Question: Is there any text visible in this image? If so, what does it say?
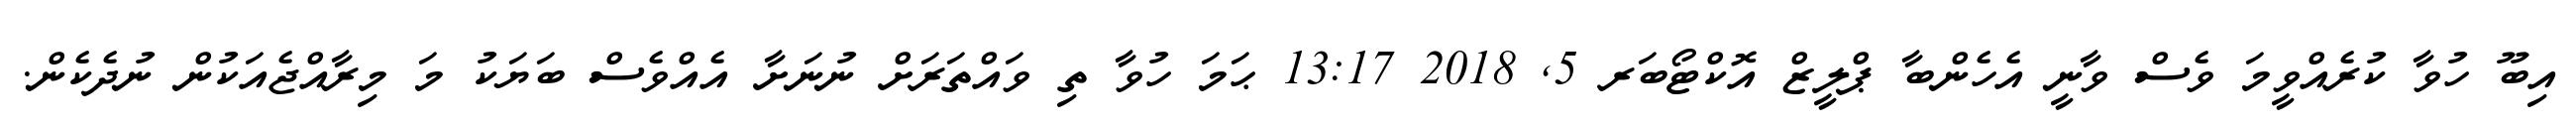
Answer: އިބޫ ހުވާ ކުރެއްވީމަ ވެސް ވާނީ އެހެންބާ ޕްލީޒް އޮކްޓޯބަރ 5, 2018 13:17 ޙަމަ ހުވާ ތި ވައްތަރަށް ނުނަށާ އެއްވެސް ބަޔަކު މަ މިރާއްޖެއަކުން ނުދެކެން.